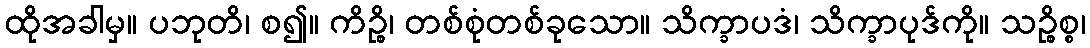
ထိုအခါမှ။ ပဘုတိ၊ စ၍။ ကိဉ္စိ၊ တစ်စုံတစ်ခုသော။ သိက္ခာပဒံ၊ သိက္ခာပုဒ်ကို။ သဉ္စိစ္စ၊